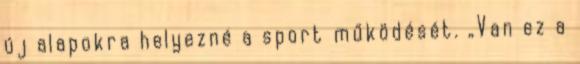
új alapokra helyezné a sport működését. „Van ez a